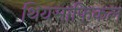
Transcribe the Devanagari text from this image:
थियसाफिकल